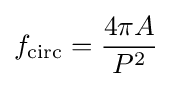
f_{\text{circ}}={\frac {4\pi A}{P^{2}}}